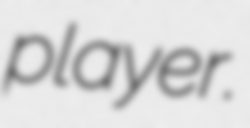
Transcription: player.